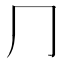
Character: ⺆